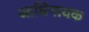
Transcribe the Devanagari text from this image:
आधिनायक